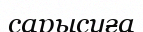
сарысуға